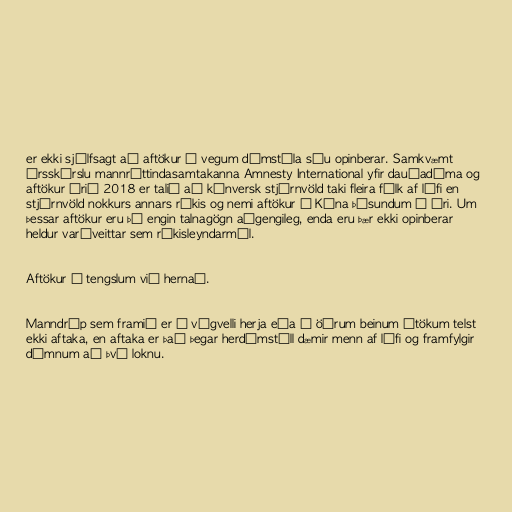
er ekki sjálfsagt að aftökur á vegum dómstóla séu opinberar. Samkvæmt
ársskýrslu mannréttindasamtakanna Amnesty International yfir dauðadóma og
aftökur árið 2018 er talið að kínversk stjórnvöld taki fleira fólk af lífi en
stjórnvöld nokkurs annars ríkis og nemi aftökur í Kína þúsundum á ári. Um
þessar aftökur eru þó engin talnagögn aðgengileg, enda eru þær ekki opinberar
heldur varðveittar sem ríkisleyndarmál.

Aftökur í tengslum við hernað.

Manndráp sem framið er á vígvelli herja eða í öðrum beinum átökum telst
ekki aftaka, en aftaka er það þegar herdómstóll dæmir menn af lífi og framfylgir
dómnum að því loknu.